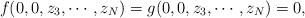
LaTeX: \begin{align*}f(0,0,z_3,\cdots,z_N)=g(0,0,z_3,\cdots,z_N)=0,\end{align*}